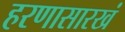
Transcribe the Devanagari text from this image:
हरणासारखं